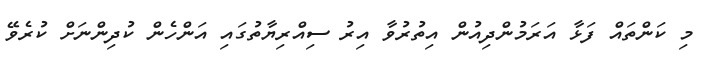
މި ކަންތައް ފަޅާ އަރަމުންދިއުން އިތުރުވާ އިރު ސިއްރިޔާތުގައި އަންހެން ކުދިންނަށް ކުރެވޭ